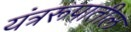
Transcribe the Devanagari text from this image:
यंत्ररूपातील